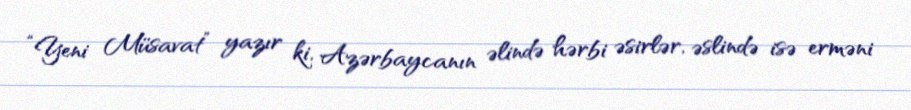
“Yeni Müsavat” yazır ki, Azərbaycanın əlində hərbi əsirlər, əslində isə erməni